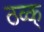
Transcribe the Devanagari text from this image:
ठव्क्